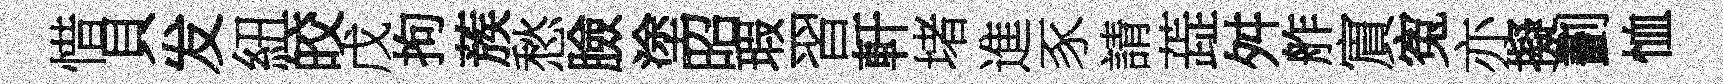
惜貝发紐皎戊拘蔟愁臉塗昭瑕習軒堵進豕請蕋舛舴賔寃亦擬劃恤